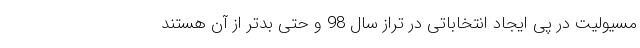
مسیولیت در پی ایجاد انتخاباتی در تراز سال 98 و حتی بدتر از آن هستند